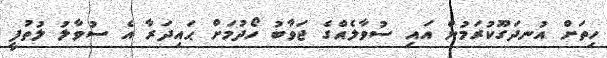
ހިތަށް އުނދަގޫކުރަމުން އައި ސުވާލެއްގެ ޖަވާބު ހޯދުމަށް ޙައިދަރާ އެ ސުވާލު ލުތުފީ